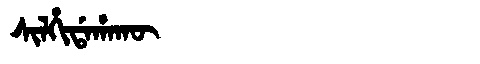
Manchu: ᠰᡳᠯᡥᡳᡩᠠᡥᠠᡴᡡ
Romanization: SILHIDAHAKŪ